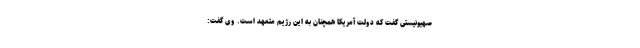
صهیونیستی گفت که دولت آمریکا همچنان به این رژیم متعهد است. وی گفت: